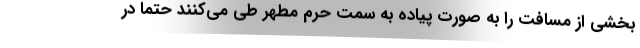
بخشی از مسافت را به صورت پیاده به سمت حرم مطهر طی می‌کنند حتما در